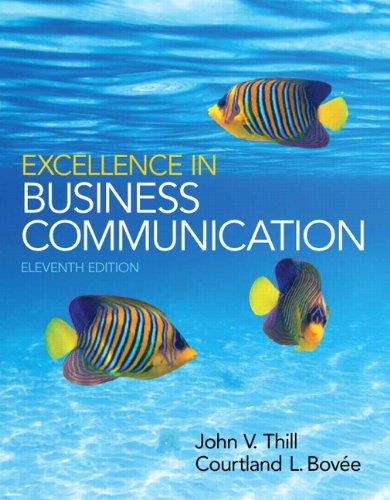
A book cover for Excellence in Business Communication (11th Edition); John V. Thill; Business & Money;